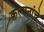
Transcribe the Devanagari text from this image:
कल्‍पनांचे